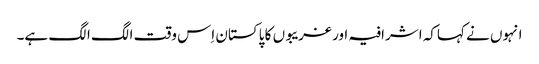
انہوں نے کہاکہ اشرافیہ اور غریبوں کا پاکستان اِس وقت الگ الگ ہے۔